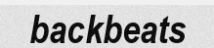
backbeats